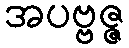
အပဗ္ဗဇ္ဇ